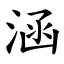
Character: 涵